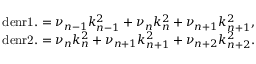
\begin{array} { r } { \mathrm { d e n r 1 . } = \nu _ { n - 1 } k _ { n - 1 } ^ { 2 } + \nu _ { n } k _ { n } ^ { 2 } + \nu _ { n + 1 } k _ { n + 1 } ^ { 2 } , } \\ { \mathrm { d e n r 2 . } = \nu _ { n } k _ { n } ^ { 2 } + \nu _ { n + 1 } k _ { n + 1 } ^ { 2 } + \nu _ { n + 2 } k _ { n + 2 } ^ { 2 } . } \end{array}